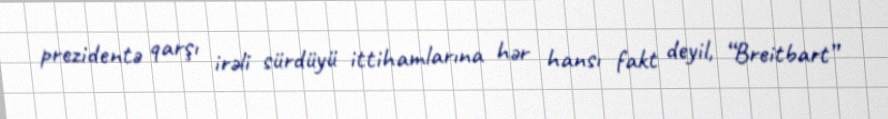
prezidentə qarşı irəli sürdüyü ittihamlarına hər hansı fakt deyil, “Breitbart”